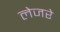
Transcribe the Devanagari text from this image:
लेजरे